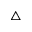
\triangle